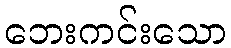
ဘေးကင်းသော